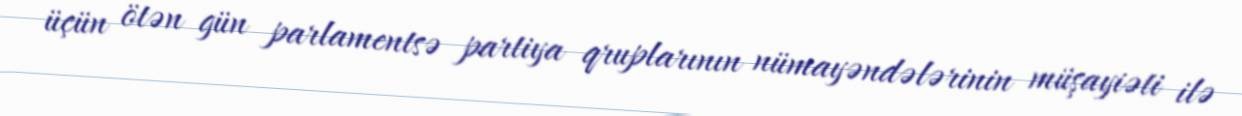
üçün ötən gün parlamentsə partiya qruplarının nümayəndələrinin müşayiəti ilə